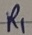
Text: R1